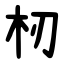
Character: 杒